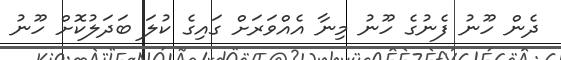
ދެން ހޫނު ފެނުގެ ހޫނު މިނާ އެއްވަރަށް ގައިގެ ކުލަ ބަދަލުކޮށް ހޫނު